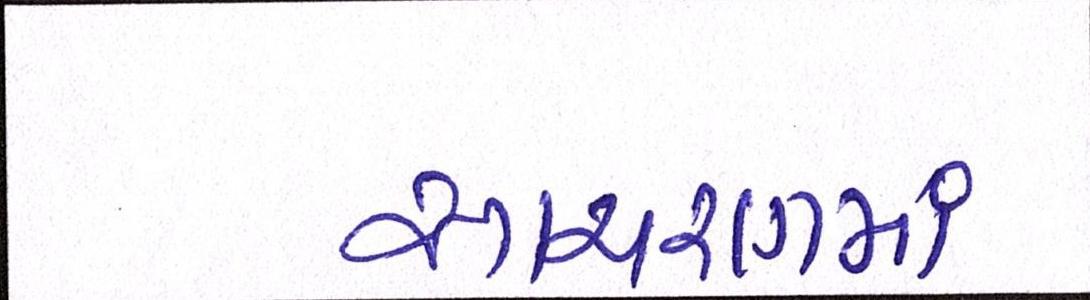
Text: આચરણમાં